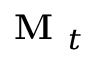
\textbf { M } _ { t }